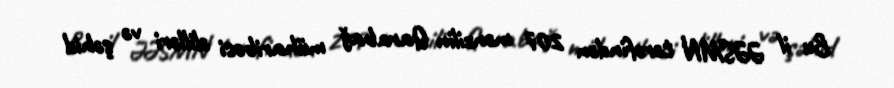
Bu il ƏƏSMN tərəfindən 207 mənzilin Qarabağ müharibəsi əlilləri və şəhid